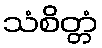
သံစိတ္တံ